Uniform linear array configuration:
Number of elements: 48
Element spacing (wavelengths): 0.25
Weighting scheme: binomial
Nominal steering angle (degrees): -15
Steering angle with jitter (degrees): -13.281
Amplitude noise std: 0.05
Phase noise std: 0.05

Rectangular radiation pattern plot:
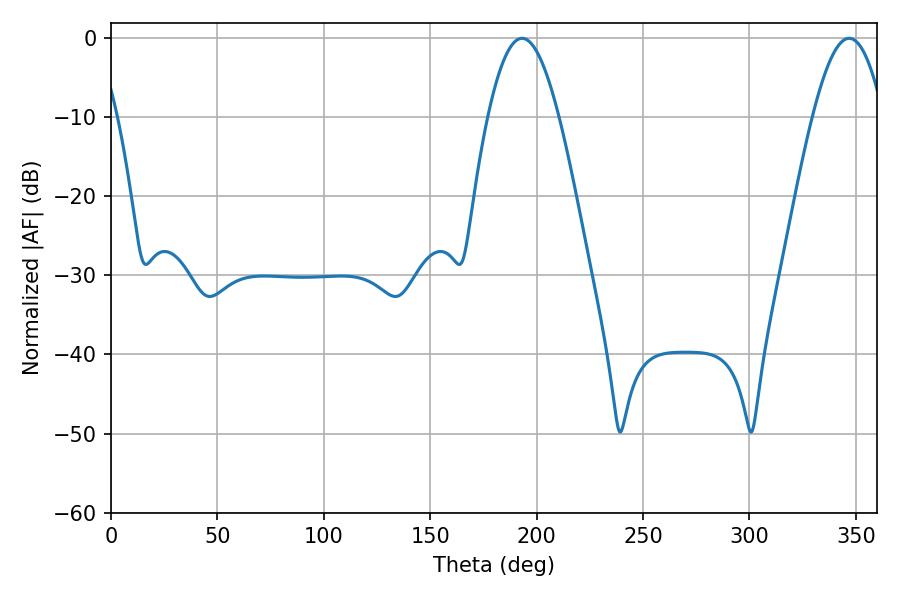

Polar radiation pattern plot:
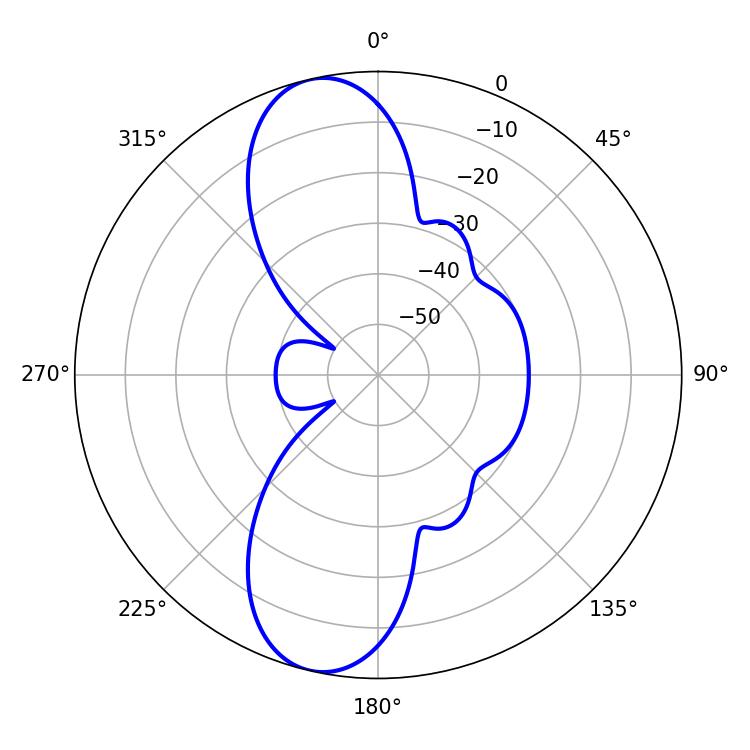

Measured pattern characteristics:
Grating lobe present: FALSE
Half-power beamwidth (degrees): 18
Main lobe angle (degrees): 346.86